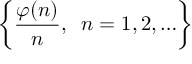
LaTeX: \left\{ { \frac { \varphi ( n ) } { n } } , \; \; n = 1 , 2 , \ldots \right\}